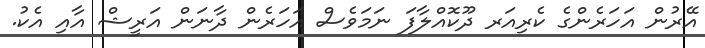
އޭރުން އަހަރެންގެ ކެރިއަރ ދޫކޮއްލާފަ ނަމަވެސް އަހަރެން ދާނަން އަރީޝް އާއި އެކު.